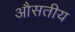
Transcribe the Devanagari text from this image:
औसतीय